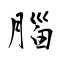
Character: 腦